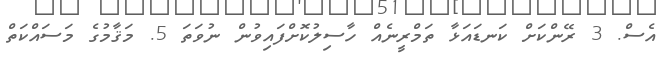
އެސް. 3 ރޭންކަށް ކަނޑައަޅާ ތަމްރީނެއް ހާސިލުކޮށްފައިވުން ނުވަތަ 5. މަޤާމުގެ މަސައްކަތް